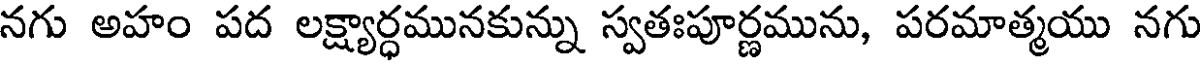
నగు అహం పద లక్ష్యార్ధమునకున్ను స్వతఃపూర్ణమును, పరమాత్మయు నగు